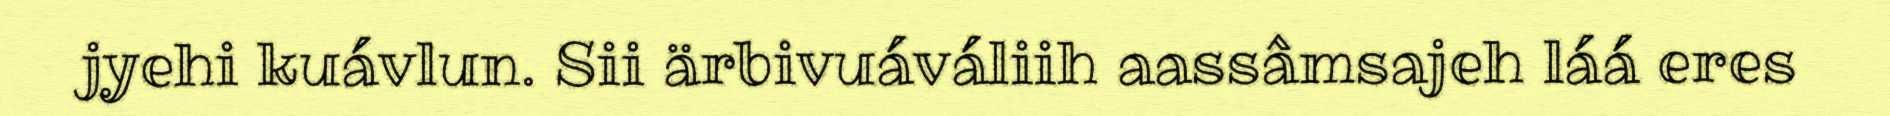
jyehi kuávlun. Sii ärbivuáváliih aassâmsajeh láá eres